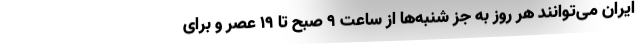
ایران می‌توانند هر روز به جز شنبه‌ها از ساعت ۹ صبح تا ۱۹ عصر و برای